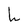
Character: h